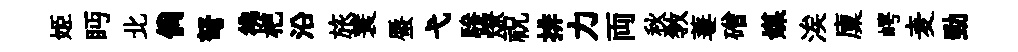
姬眄北倘弩彿杷沿旅蓑蜃弋驂燎祝排力両秋教萋磳媒涘廩崿麦勁